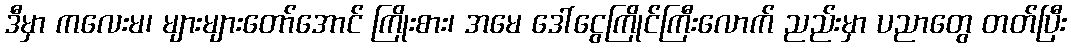
ဒီမှာ ကလေးမ၊ များများတော်အောင် ကြိုးစား၊ အမေ ဒေါ်ငွေကြိုင်ကြီးလောက် ညည်းမှာ ပညာတွေ တတ်ပြီး